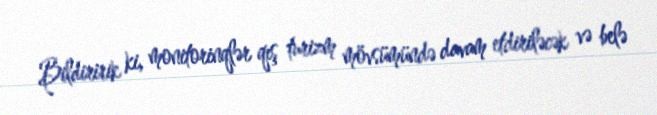
Bildiririk ki, monitorinqlər qış turizm mövsümündə davam etdiriləcək və belə